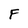
Character: F